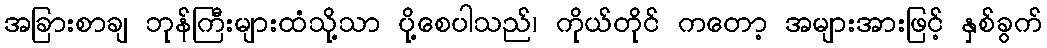
အခြားစာချ ဘုန်ကြီးများထံသို့သာ ပို့စေပါသည်၊ ကိုယ်တိုင် ကတော့ အများအားဖြင့် နှစ်ခွက်